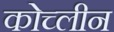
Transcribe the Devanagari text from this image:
कोच्लीन